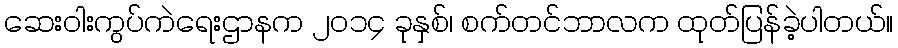
ဆေးဝါးကွပ်ကဲရေးဌာနက ၂၀၁၄ ခုနှစ်၊ စက်တင်ဘာလက ထုတ်ပြန်ခဲ့ပါတယ်။